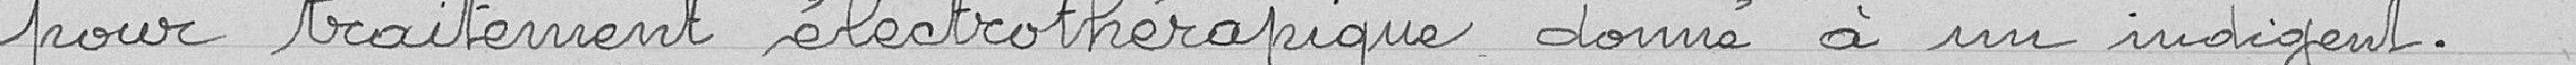
pour traitement électrothérapique donné à un indigent.